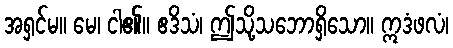
အရှင်မ။ မေ၊ ငါ၏။ ဧဒိသံ၊ ဤသို့သဘောရှိသော။ ဣဒံဖလံ၊